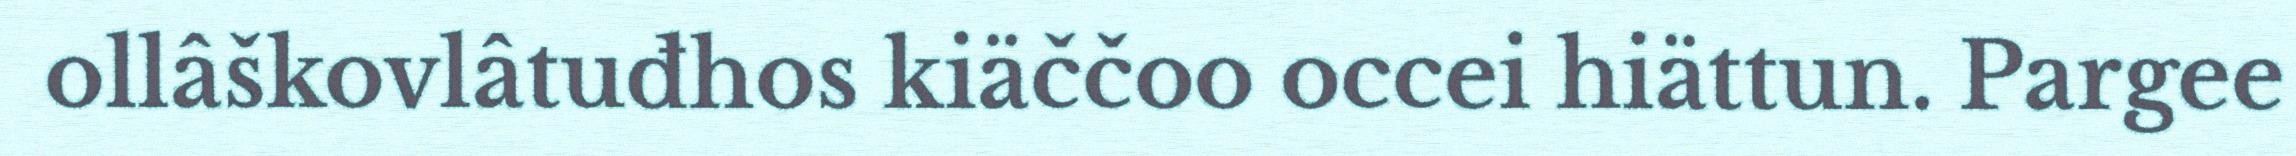
ollâškovlâtuđhos kiäččoo occei hiättun. Pargee